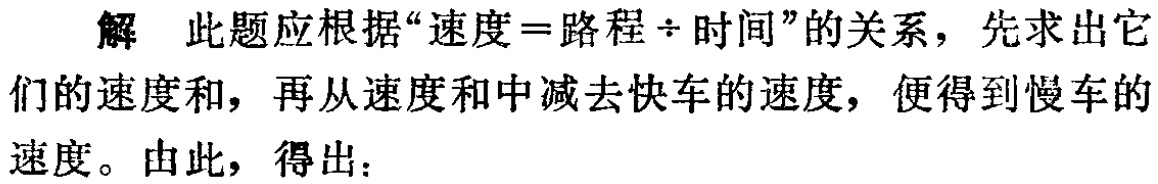
解 此题应根据“速度=路程÷时间”的关系，先求出它们的速度和，再从速度和中减去快车的速度，便得到慢车的速度。由此，得出：